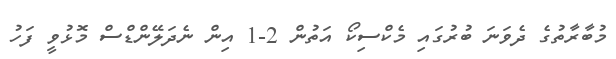
މުބާރާތުގެ ދެވަނަ ބުރުގައި މެކްސިކޯ އަތުން 2-1 އިން ނެދަލޭންޑްސް މޮޅުވީ ފަހު